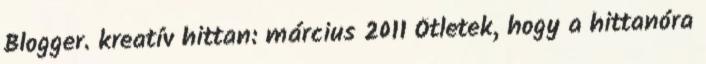
Blogger. kreatív hittan: március 2011 Ötletek, hogy a hittanóra